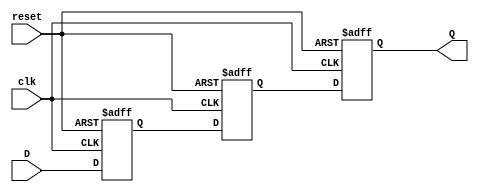
module DFF_N #(parameter N=3)(
  input clk,
  input reset,
  input [N-1:0] D,
  output reg [N-1:0] Q
);
reg [N-1:0]d0;
reg [N-1:0]d1;
always@(posedge clk or negedge reset)
  if(!reset)begin
    d0 <= 0; //同步清 0，低电平有效
    d1 <= 0; //同步清 0，低电平有效
    Q  <= 0; //同步清 0，低电平有效
  end
  else begin
	d0 <= D;
	d1 <= d0;
	Q  <= d1;
  end

endmodule